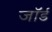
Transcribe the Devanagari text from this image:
जाॅर्ड